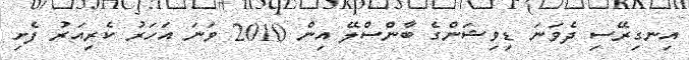
އިނގިރޭސި ދެވަނަ ޑިވިޝަންގެ ބާންސްލޭ އިން 2010 ވަނަ އަހަރު ކެރިއަރު ފެށި